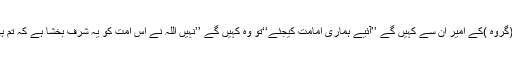
آخر عیسیٰ ابن مریم نازل ہوں گے اس (گروہ )کے امیر ان سے کہیں گے ’’آئیے ہماری امامت کیجئے‘‘تو وہ کہیں گے ’’نہیں اللہ نے اس امت کو یہ شرف بخشا ہے کہ تم ہی آپس میں ایک دوسرے کے امیر ہو‘‘۔